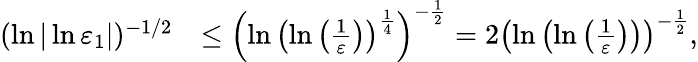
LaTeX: \begin{array}{rl}{(\ln|\ln\varepsilon_{1}|)^{-1/2}}&{\leq{\left(\ln{\left(\ln\left({\frac{1}{\varepsilon}}\right)\right)^{{\frac{1}{4}}}}\right)^{-{\frac{1}{2}}}}=2{\left(\ln\left(\ln\left({\frac{1}{\varepsilon}}\right)\right)\right)^{-{\frac{1}{2}}}},}\end{array}